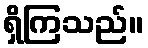
ရှိကြသည်။